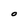
Character: O